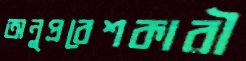
অনুপ্রবেশকারী